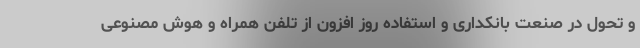
و تحول در صنعت بانکداری و استفاده روز افزون از تلفن همراه و هوش مصنوعی